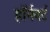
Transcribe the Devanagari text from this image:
हॉर्नवर्ट